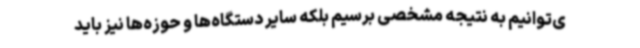
ی‌توانیم به نتیجه مشخصی برسیم بلکه سایر دستگاه‌ها و حوزه‌ها نیز باید